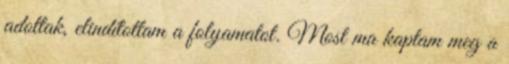
adottak, elindítottam a folyamatot. Most ma kaptam meg a